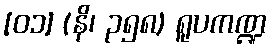
[၀၁] (နိ၊ ၃၅၈) ရူပကဏ္ဍ